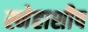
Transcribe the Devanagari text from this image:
स्नेहाशीष